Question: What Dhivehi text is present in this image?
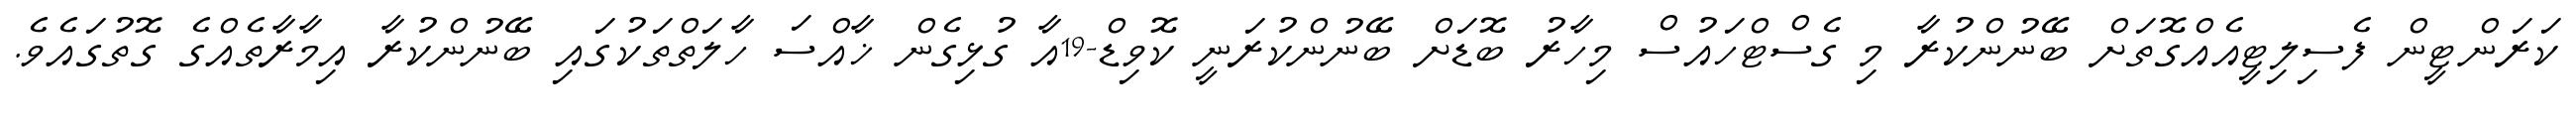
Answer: ކަރަންޓީން ފެސިލިޓީއެއްގޮތަށް ބޭނުންކުރާ މި ގެސްޓްހައުސް މިހާރު ބޮޑަށް ބޭނުންކުރަނީ ކޮވިޑް-19އާ ގުޅިގެން ޚާއްސަ ހާލަތްތަކުގައި ބޭނުންކުރާ އިމާރާތެއްގެ ގޮތުގައެވެ.